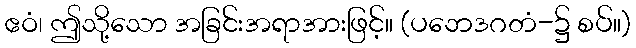
ဧဝံ၊ ဤသို့သော အခြင်းအရာအားဖြင့်။ (ပဘေဒဂတံ-၌ စပ်။)